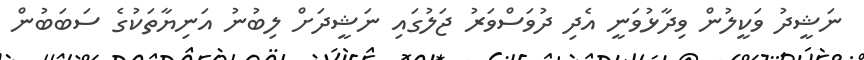
ނަޝީދު ވަކީލުން ވިދާޅުވަނީ އެދި ދުވަސްވަރު ޖަލުގައި ނަޝީދަށް ލިބުނު އަނިޔާތަކުގެ ސަަބަބުން